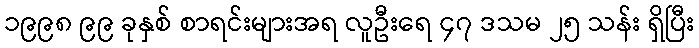
၁၉၉၈ ၉၉ ခုနှစ် စာရင်းများအရ လူဦးရေ ၄၇ ဒသမ ၂၅ သန်း ရှိပြီး